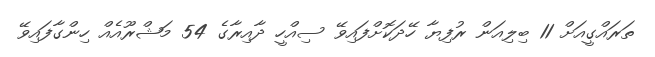
ތަރައްގީއަށް 11 ބިލިއަން ރުފިޔާ ހޭދަކޮށްފައިވޭ ސިއްހީ ދާއިރާގެ 54 މަޝްރޫއެއް ހިންގާފައިވޭ